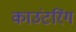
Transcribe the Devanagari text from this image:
काउंटरिंग